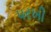
પરખી